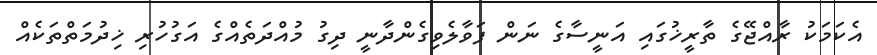
އެކަމަކު ރާއްޖޭގެ ތާރީޚުގައި އަނީސާގެ ނަން ފަވާލެވިގެންދާނީ ދިގު މުއްދަތެއްގެ އަގުހުރި ޚިދުމަތްތަކެއް